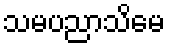
သမပညာသိမေ